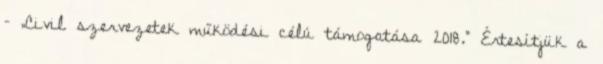
– „Civil szervezetek működési célú támogatása 2018.” Értesítjük a